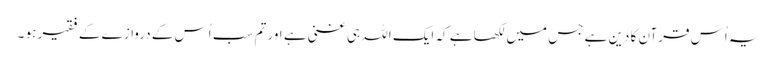
یہ اُس قرآن کا دین ہے جس میں لکھا ہے کہ ایک اللہ ہی غنی ہے اور تم سب اُس کے دروازے کے فقیر ہو ۔